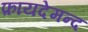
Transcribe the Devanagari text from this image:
फ़ायदेमन्द